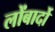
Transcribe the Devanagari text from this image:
लोंबार्दो